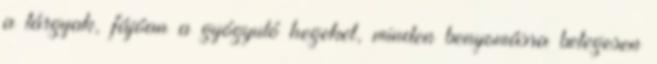
a tárgyak, fájóan a gyógyuló hegeket, minden benyomásra betegesen